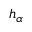
h _ { \alpha }